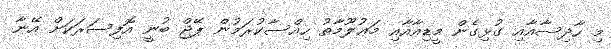
މި ހާދިސާއާއި ގުޅިގެން މީޑިއާއާއި މަޢުލޫމާތު ހިއްސާކުރަމުން ޕޭޖް ބުނީ އޮފިސަރަކަށް އޭނާ